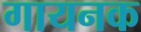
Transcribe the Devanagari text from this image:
गायनक